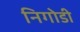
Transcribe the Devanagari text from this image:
निगोडी